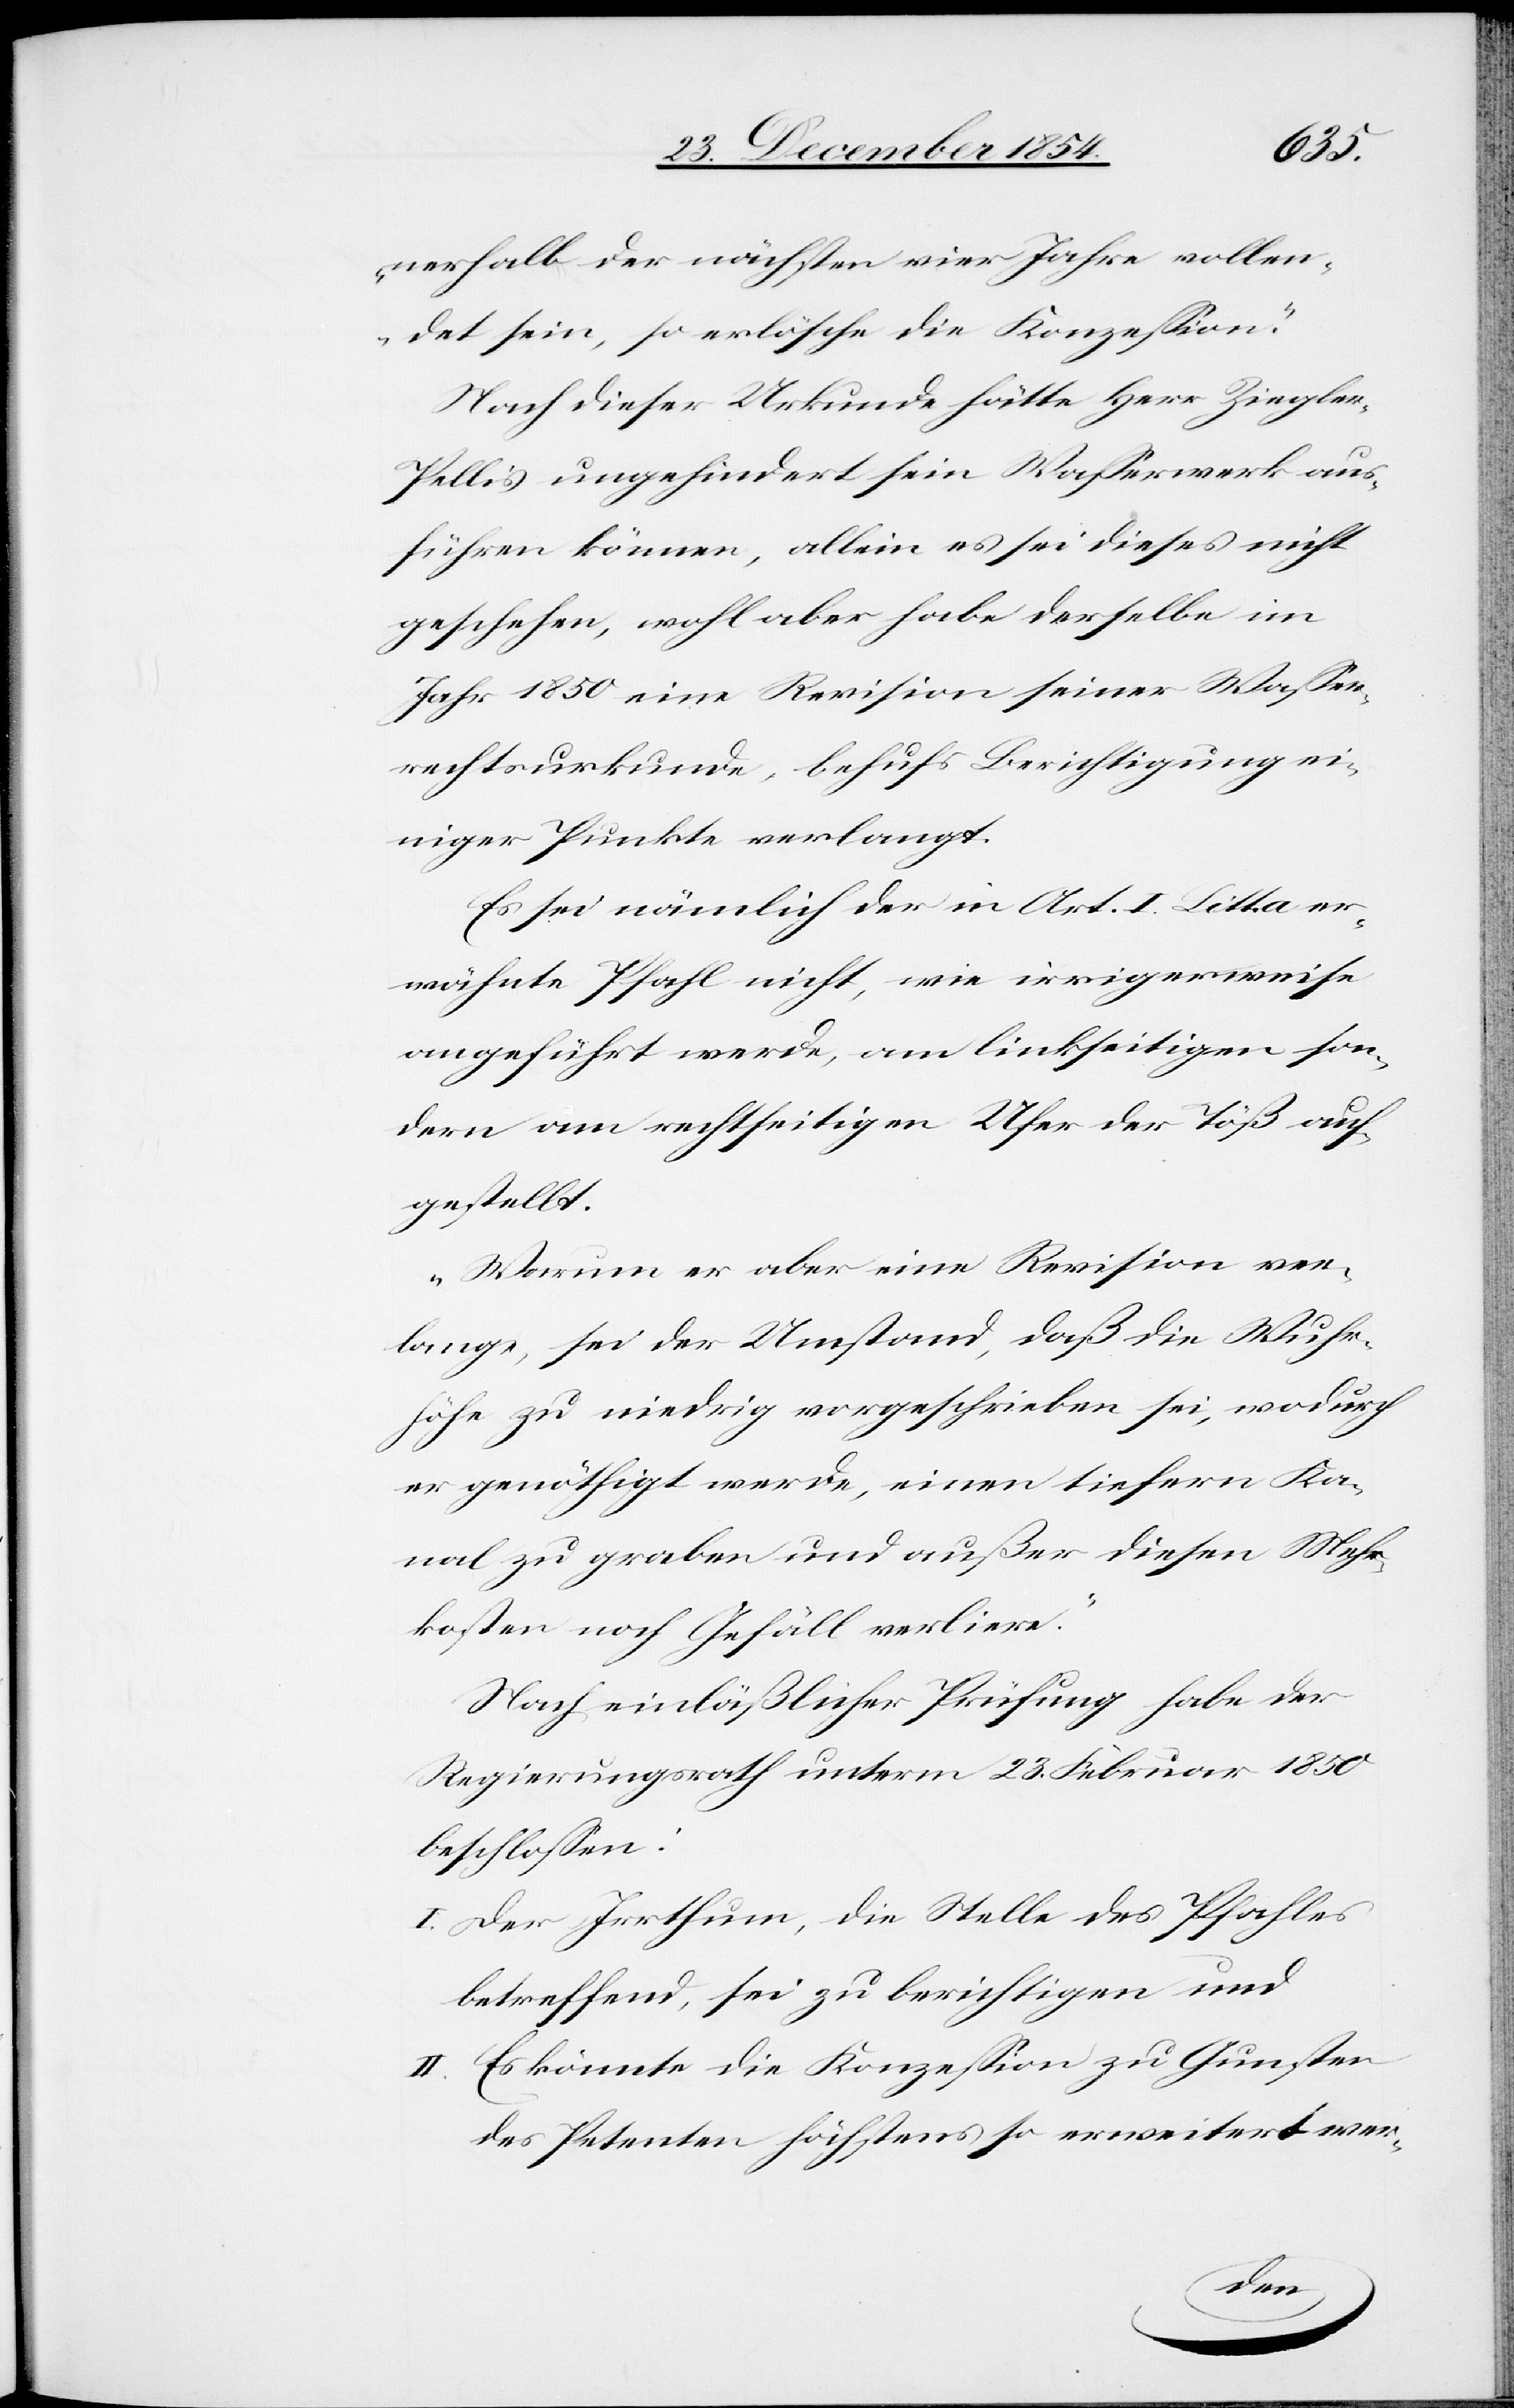
nerhalb der nächsten vier Jahre vollen¬
det sein, so erlösche die Konzeßion.“
Nach dieser Urkunde hätte Herr Ziegle¬
r-Pellis ungehindert sein Waßerwerk aus¬
führen können, allein es sei dieses nicht
geschehen, wohl aber habe derselbe im
Jahr 1850 eine Revision seiner Waßer¬
rechtsurkunde, behufs Berichtigung ei¬
niger Punkte verlangt.
Es sei nämlich der in Art. I. litt. a er¬
wähnte Pfahl nicht, wie irrigerweise
angeführt werde, am linkseitigen son¬
dern am rechtseitigen Ufer der Töß auf¬
gestellt.
„Warum er aber eine Revision ver¬
lange, sei der Umstand, daß die Wuhr¬
höhe zu niedrig vorgeschrieben sei, wodurch
er genöthigt werde, einen tiefern Ka¬
nal zu graben und außer diesen Mehr¬
kosten noch Gefäll verliere.“
Nach einläßlicher Prüfung habe der
Regierungsrath unterm 23. Februar 1850
beschloßen:
I. Der Irrthum, die Stelle des Pfahles
betreffend, sei zu berichtigen und
II. Es könnte die Konzeßion zu Gunsten
des Petenten höchstens so erweitert wer-